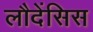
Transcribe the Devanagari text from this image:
लौदेंसिस